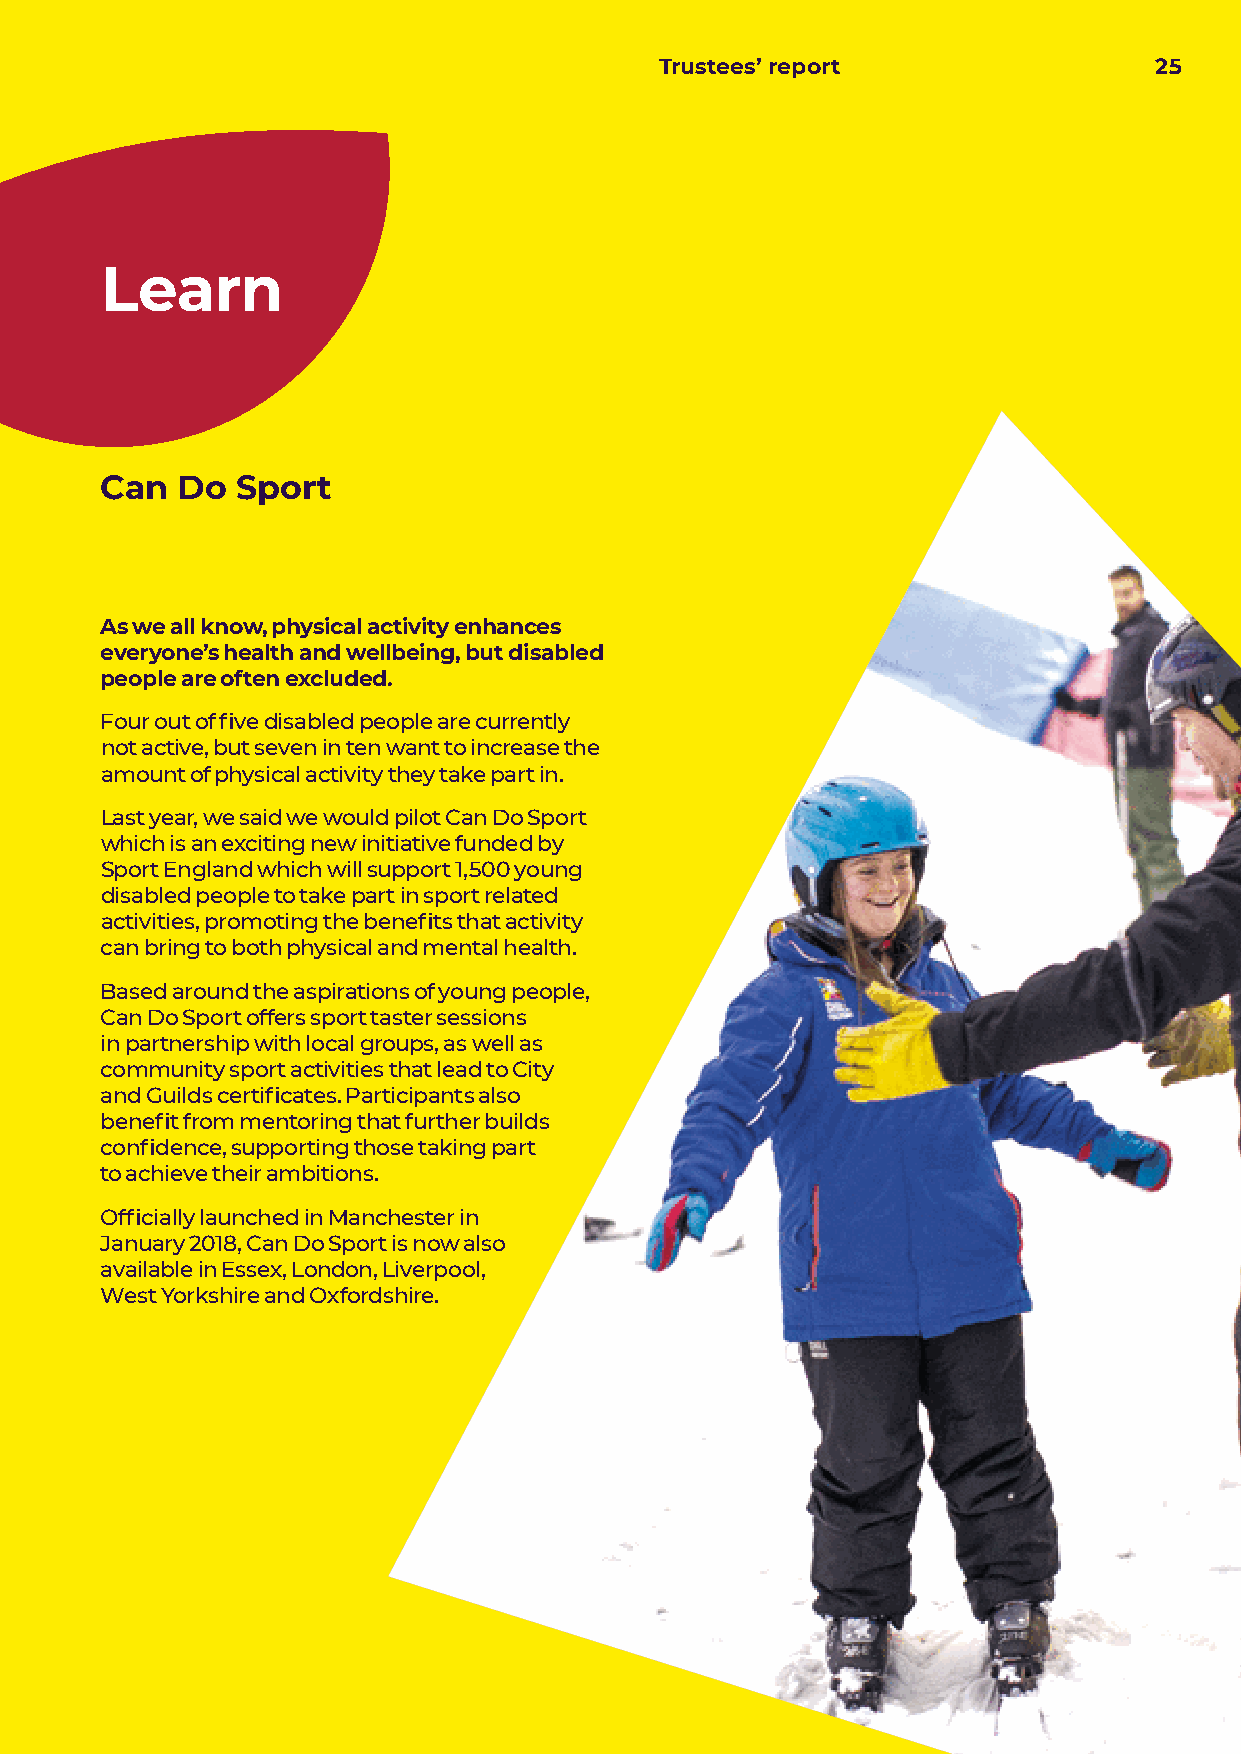
Trustees’ report                25
 Learn
 Can  Do  Sport
 As we all know, physical activity enhances
 everyone’s health and wellbeing, but disabled
 people are often excluded.
 Four out of five disabled people are currently
 not active, but seven in ten want to increase the
 amount of physical activity they take part in.
 Last year, we said we would pilot Can Do Sport
 which is an exciting new initiative funded by
 Sport England which will support 1,500 young
 disabled people to take part in sport related
 activities, promoting the benefits that activity
 can bring to both physical and mental health.
 Based around the aspirations of young people,
 Can Do Sport offers sport taster sessions
 in partnership with local groups, as well as
 community sport activities that lead to City
 and Guilds certificates. Participants also
 benefit from mentoring that further builds
 confidence, supporting those taking part
 to achieve their ambitions.
 Officially launched in Manchester in
 January 2018, Can Do Sport is now also
 available in Essex, London, Liverpool,
 West Yorkshire and Oxfordshire.